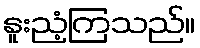
နူးညံ့ကြသည်။